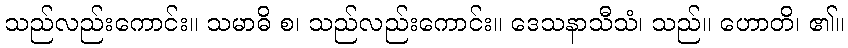
သည်လည်းကောင်း။ သမာဓိ စ၊ သည်လည်းကောင်း။ ဒေသနာသီသံ၊ သည်။ ဟောတိ၊ ၏။